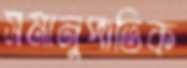
সমানুপাতিক